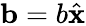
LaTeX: \mathbf{b}=b\hat{\mathbf{x}}